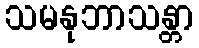
သမနုဘာသန္တာ